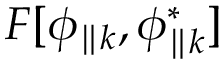
F [ \phi _ { \parallel k } , \phi _ { \parallel k } ^ { * } ]